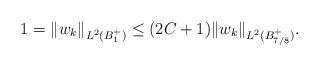
LaTeX: \begin{align*}1=\|w_k\|_{L^2(B_1^+)}\leq (2C+1)\|w_k\|_{L^2(B_{7/8}^+)}.\end{align*}